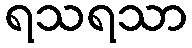
ရသရသာ